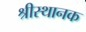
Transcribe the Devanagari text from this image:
श्रीस्थानक